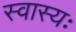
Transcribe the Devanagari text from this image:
स्वास्यः